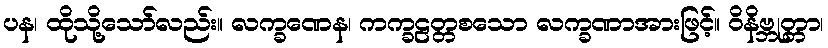
ပန၊ ထိုသို့သော်လည်း။ လက္ခဏေန၊ ကက္ခဠတ္တစသော လက္ခဏာအားဖြင့်။ ဝိနိဗ္ဘုတ္တာ၊